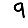
Digit: 9